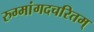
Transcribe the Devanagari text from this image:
रुग्मांगदचरितम्